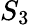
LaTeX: S_{3}